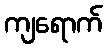
ကျရောက်